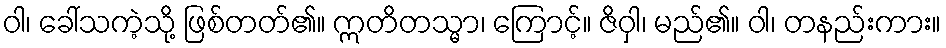
ဝါ၊ ခေါ်သကဲ့သို့ ဖြစ်တတ်၏။ ဣတိတသ္မာ၊ ကြောင့်။ ဇိဝှါ၊ မည်၏။ ဝါ၊ တနည်းကား။